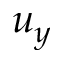
u _ { y }